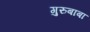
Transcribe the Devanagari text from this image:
गुरुबाबा